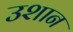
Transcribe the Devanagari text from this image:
उशान